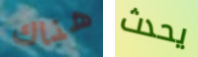
هناك يحدث